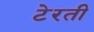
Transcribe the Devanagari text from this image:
टेरती